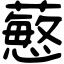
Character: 𧁋